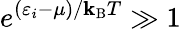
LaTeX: e^{(\varepsilon_{i}-\mu)/\mathbf{k}_{\mathrm{{{B}}}}T}\gg1